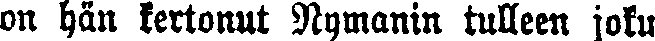
on hän kertonut Nymanin tulleen joku